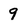
Character: 9